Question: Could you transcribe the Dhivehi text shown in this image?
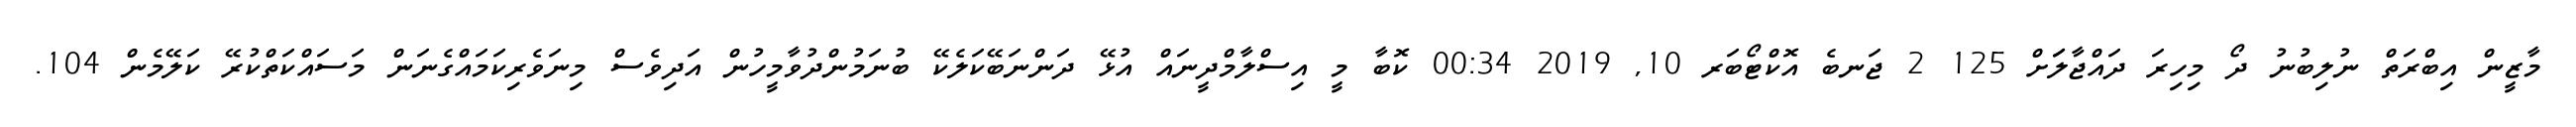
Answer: މާޒީން އިބްރަތް ނުލިބުނު ދޯ މިހިރަ ދައްޖާލަަށް 125 2 ޖަނބެ އޮކްޓޯބަރ 10, 2019 00:34 ކޮބާ މީ އިސްލާމްދީނައް އުޅޭ ދަންނަބޭކަލެކޭ ބުނަމުންދުވާމީހުން އަދިވެސް މިނަވެރިކަމައްގެނަން މަސައްކަތްކުރޭ ކަލޭމެން 104.